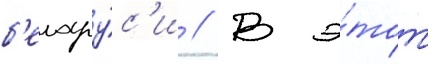
б'елару́с'и // В э́тот